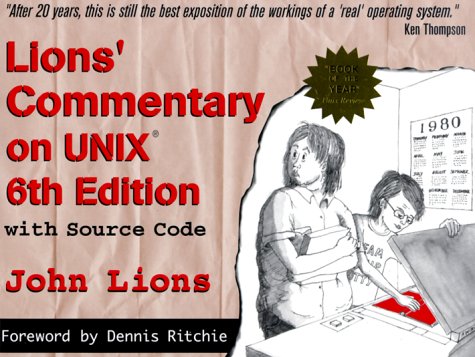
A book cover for Lions' Commentary on Unix; John Lions; Computers & Technology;